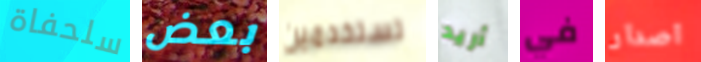
سلحفاة بعض تستخدمين أريد في اصدار